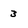
Character: 3